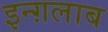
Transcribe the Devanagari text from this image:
इन्ग़लाब